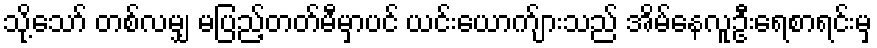
သို့သော် တစ်လမျှ မပြည့်တတ်မီမှာပင် ယင်းယောက်ျားသည် အိမ်နေလူဦးရေစာရင်းမှ